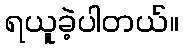
ရယူခဲ့ပါတယ်။